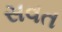
સવત